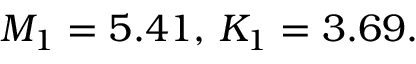
M _ { 1 } = 5 . 4 1 { \mathrm { , ~ } } K _ { 1 } = 3 . 6 9 .